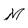
Character: M